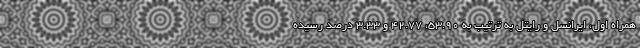
همراه اول، ایرانسل و رایتل به ترتیب به 53.90، 42.77 و 3.33 درصد رسیده